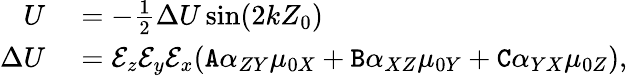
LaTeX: \begin{array}{rl}{U}&{{}=-\frac{1}{2}\Delta U\sin(2kZ_{0})}\\ {\Delta U}&{{}=\mathcal{E}_{z}\mathcal{E}_{y}\mathcal{E}_{x}(\mathtt{A}\alpha_{ZY}\mu_{0X}+\mathtt{B}\alpha_{XZ}\mu_{0Y}+\mathtt{C}\alpha_{YX}\mu_{0Z}),}\end{array}